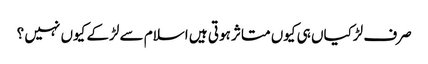
صرف لڑکیاں ہی کیوں متاثر ہوتی ہیں اسلام سے لڑکے کیوں نہیں ؟